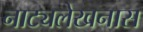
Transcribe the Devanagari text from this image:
नाट्यलेखनास